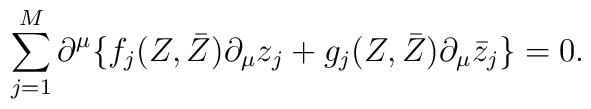
\sum_{j=1}^M \partial^{\mu}  \{f_j (Z,\bar{Z})\partial_{\mu}z_j   + g_j (Z,\bar{Z})\partial_{\mu}\bar{z}_j \} =0.